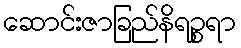
ဆောင်းဇာခြည်နိရဉ္စရာ